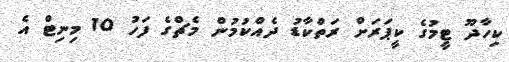
ކިހާދޫ ޓީމުގެ ކީޕަރަށް ރަތްކާޑު ދެއްކުމުން މެޗްގެ ފަހު 10 މިނިޓް އެ